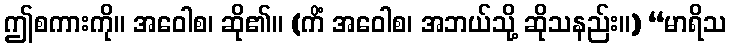
ဤစကားကို။ အဝေါစ၊ ဆို၏။ (ကိံ အဝေါစ၊ အဘယ်သို့ ဆိုသနည်း။) “မာရိသ